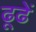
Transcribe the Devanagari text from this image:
ढूढें